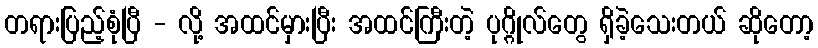
တရားပြည့်စုံပြီ - လို့ အထင်မှားပြီး အထင်ကြီးတဲ့ ပုဂ္ဂိုလ်တွေ ရှိခဲ့သေးတယ် ဆိုတော့